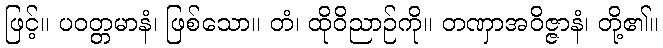
ဖြင့်။ ပဝတ္တမာနံ၊ ဖြစ်သော။ တံ၊ ထိုဝိညာဉ်ကို။ တဏှာအဝိဇ္ဇာနံ၊ တို့၏။